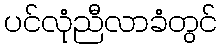
ပင်လုံညီလာခံတွင်